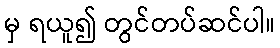
မှ ရယူ၍ တွင်တပ်ဆင်ပါ။